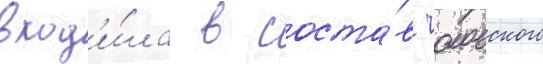
вход'и́ла в соста́в чоловского